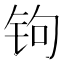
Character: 𰽭